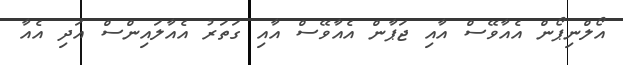
އޯލްނިޕޯން އެއާވޭސް އާއި ޖަޕާން އެއާވޭސް އާއި ގަތަރު އެއާލައިންސް އަދި އެއާ